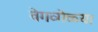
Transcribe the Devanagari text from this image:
वेगव्गेळ्या